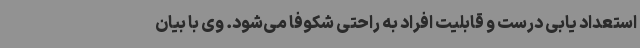
استعداد یابی درست و قابلیت افراد به راحتی شکوفا می‌شود. وی با بیان